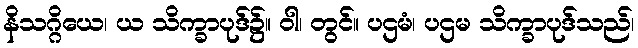
နိသဂ္ဂိယေ၊ ယ သိက္ခာပုဒ်၌။ ဝါ၊ တွင်။ ပဌမံ၊ ပဌမ သိက္ခာပုဒ်သည်၊